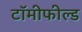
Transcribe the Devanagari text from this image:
टॉमीफील्ड